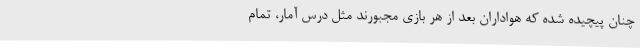
چنان پیچیده شده که هواداران بعد از هر بازی مجبورند مثل درس آمار، تمام